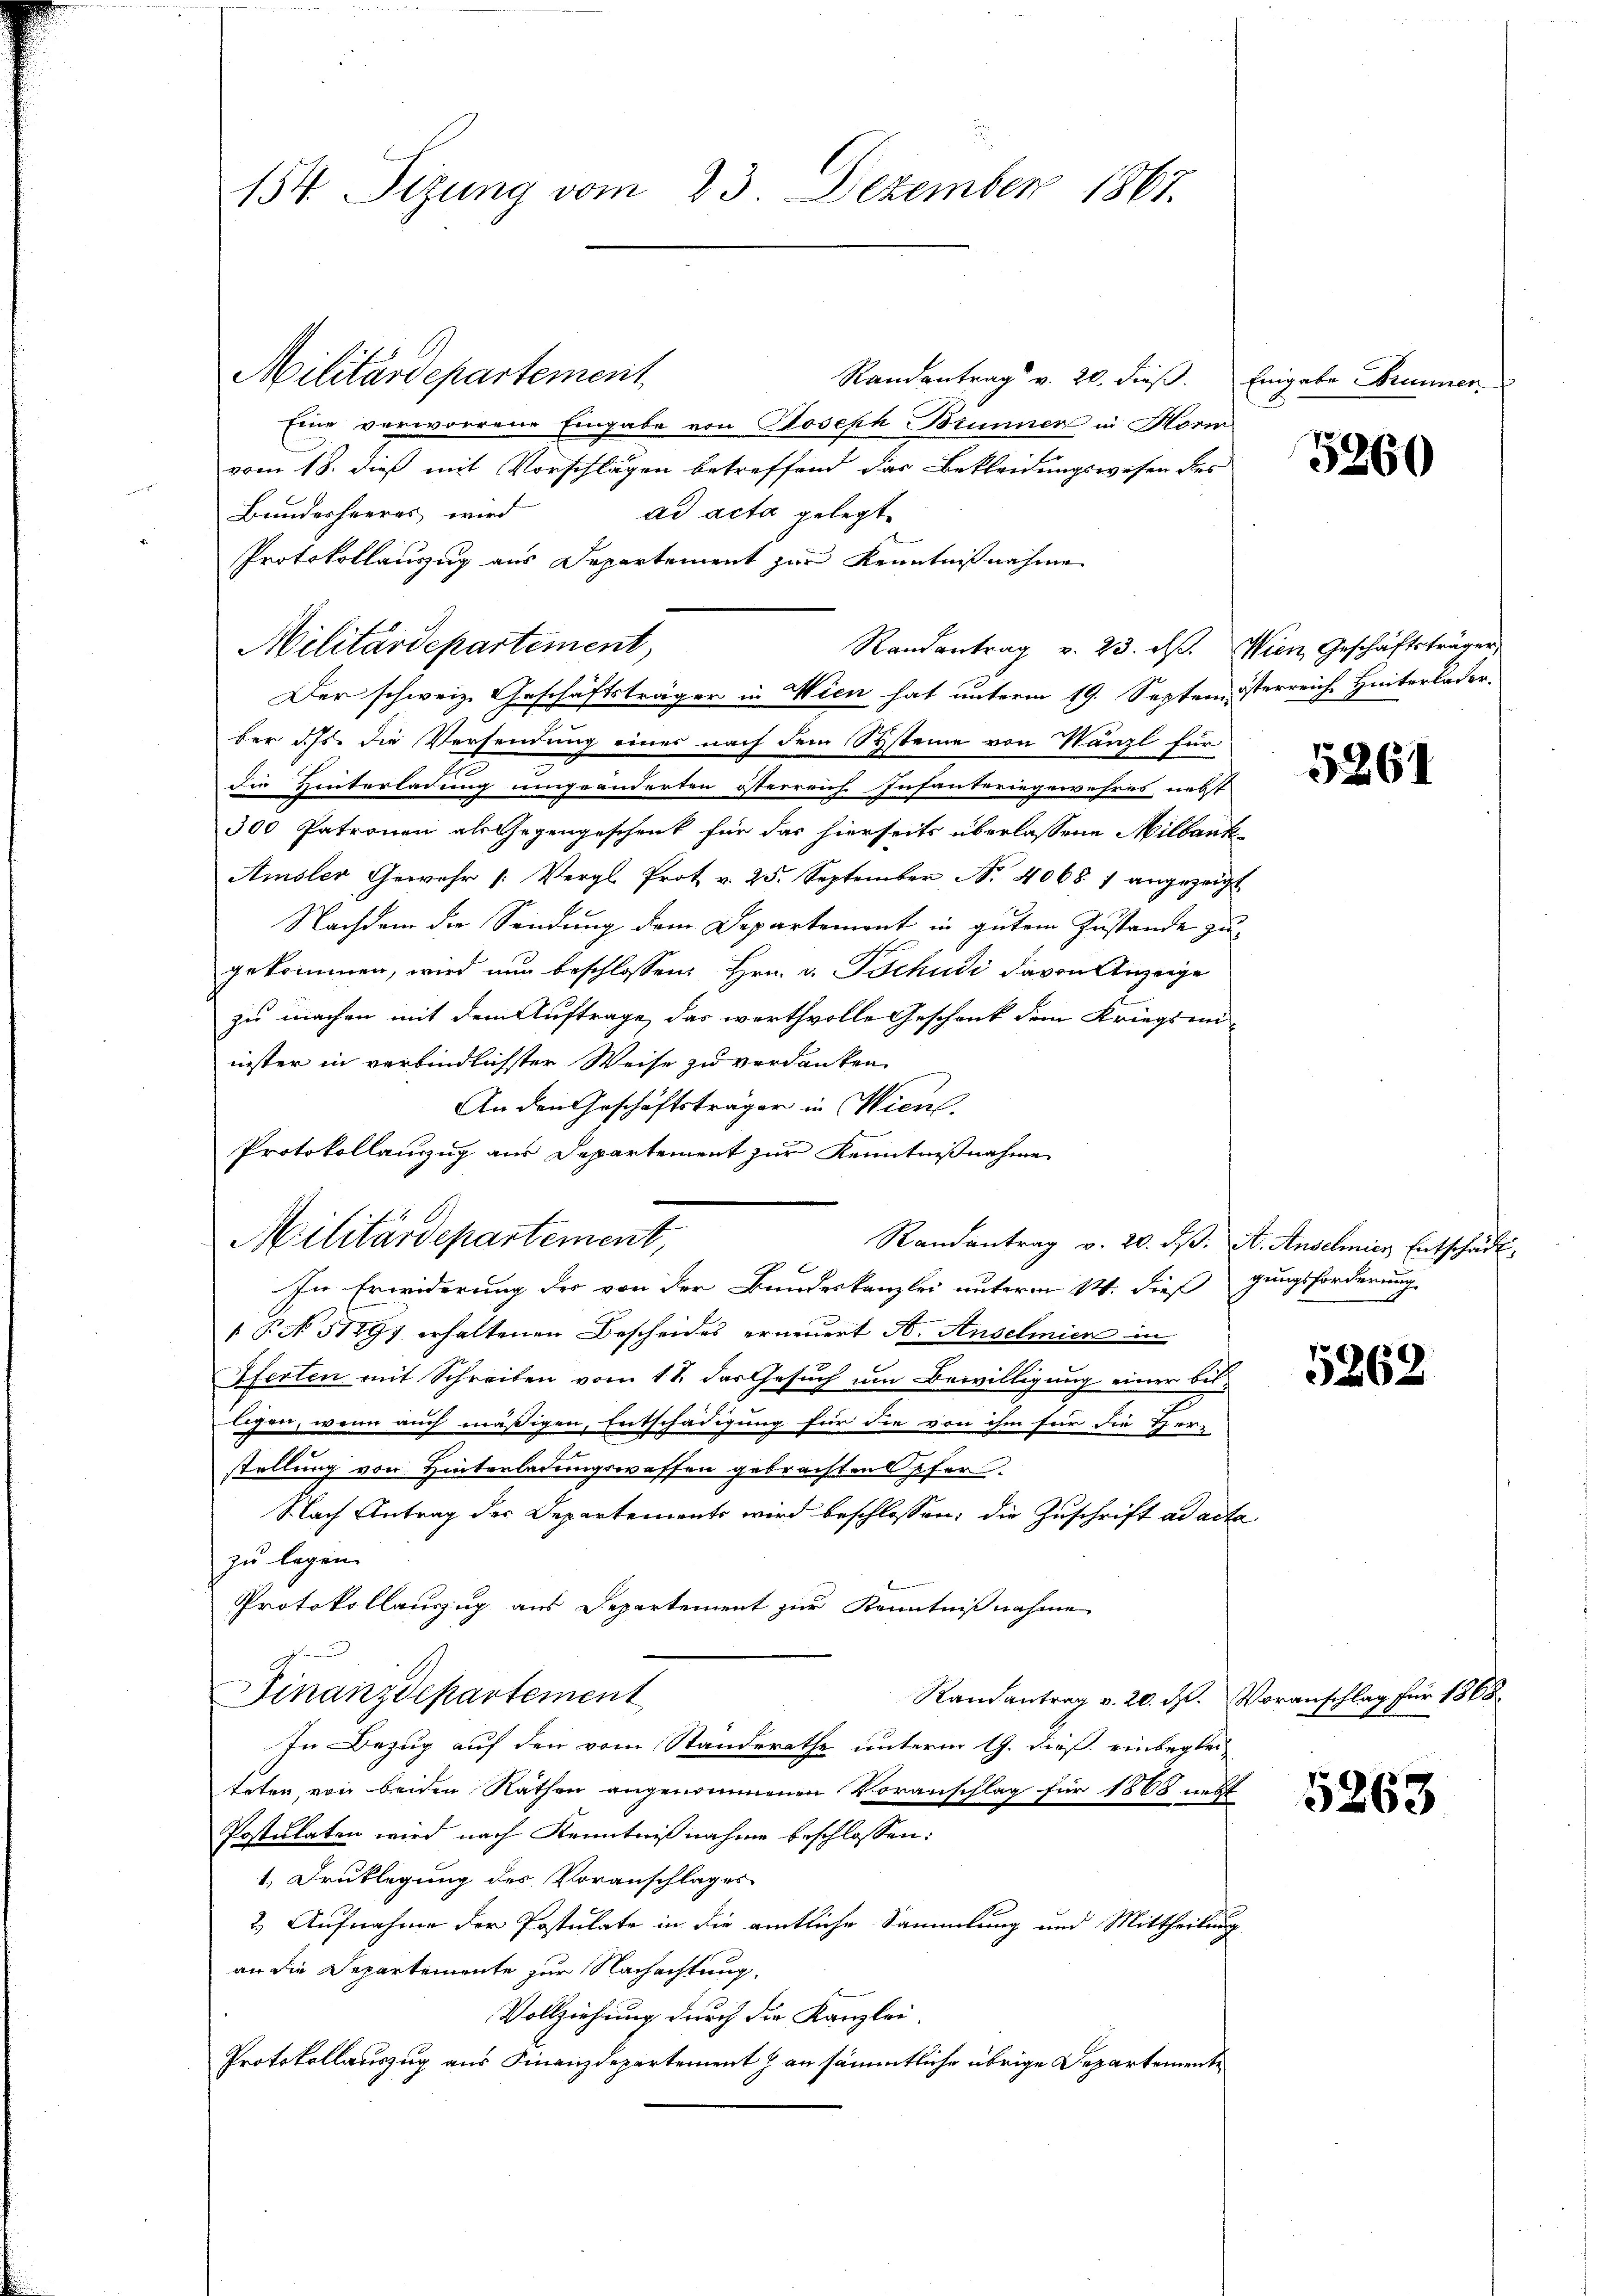
154. Sizung vom 23. Dezember 1867.

Militärdepartement
Randentrag v. 20. dieß. Eingabe Brunner
Eine verworrene Eingabe von Joseph Brunner in Hori
vom 18. dieß mit Vorschlägen betreffend das Bekleidungswesen des
ad acta gelegt.
Bundesheeres wird
Protokollauszug aus Departement zur Kenntnißnahme
Militärdepartement,
Randantrag v. 23. d. Wien Geschäftsträger,
Der schweiz. Geschäftsträger in Wien hat unterm 19. Septem österreich Hinterlader,
ber dass die Versendung eines nach dem Systeine von Wänzl für
die Hinterladung umgeänderten österreich Infanteringewehres, nebst
300 Patronen als Gegengeschenk für das hierseits überlassene Milbank
Amsler Gewehr /: Vergl. Prot v. 25. September N. 40687 angezeigt
Nachdem die Sendung dem Departement in gutem Zustande zu
gekommen, wird nun beschlossen: Hrn. v. Tschudi davon Anzeige
zu machen mit dem Auftrage, das werthvolle Geschenk dem Kriegsminister in verbindlichster Weise zu verdanken.
An den Geschäftsträger in Wien.
Protokollanzug aus Departement zur Kenntnißnahme
Militärdepartement,
Randantrag v. 20. dβ. A. Anselmier Entschädt.
Im Erwiderung der von der Bundeskanzlei unterm 14. dieß
 P. No. 31897 erhaltenen Bescheides erneuert H. Anselmier in
Iferten mit Schreiben vom 11. das Gesuch um Bewilligung einer bisligen, wenn auch mäßigen, Entschädigung für die von ihm für die Her-
stellung von Hinterladungswassen gebrachten Opfer
Nach Antrag der Departements wird beschlossen; die Zuschrift ad acta
zu legen.
Protokollauszug aus Departement zur Kenntnißnahme
Finanzdepartement
Randantrag v. 20. M. Voranschlag für 1868
In Bezug auf den vom Standerathe unterm 19. dieß, einbeglei-
teten, von beiden Näthen angenommenen Voranschlag für 1868 nett
Postulaten wird nach Kenntnißnahme beschlossen:
1, Drucklegung des Voranschlages
2. Aufnahme der Postulate in die amtliche Sammlung und Mittheilung
an die Departemente zur Nachachtung.
Vollziehung durch die Kanzlei.
Protokollauszug aus Finanzdepartement J. an sämmtliche übrige Departemente

5260

5261

gungsforderung
x

5262

5263